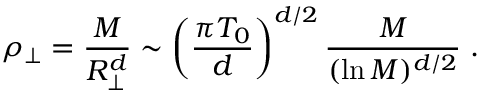
\rho _ { \perp } = { \frac { M } { R _ { \perp } ^ { d } } } \sim \left( { \frac { \pi T _ { 0 } } { d } } \right) ^ { d / 2 } { \frac { M } { ( \ln { M } ) ^ { d / 2 } } } \; .